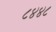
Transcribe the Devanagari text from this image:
८४४८